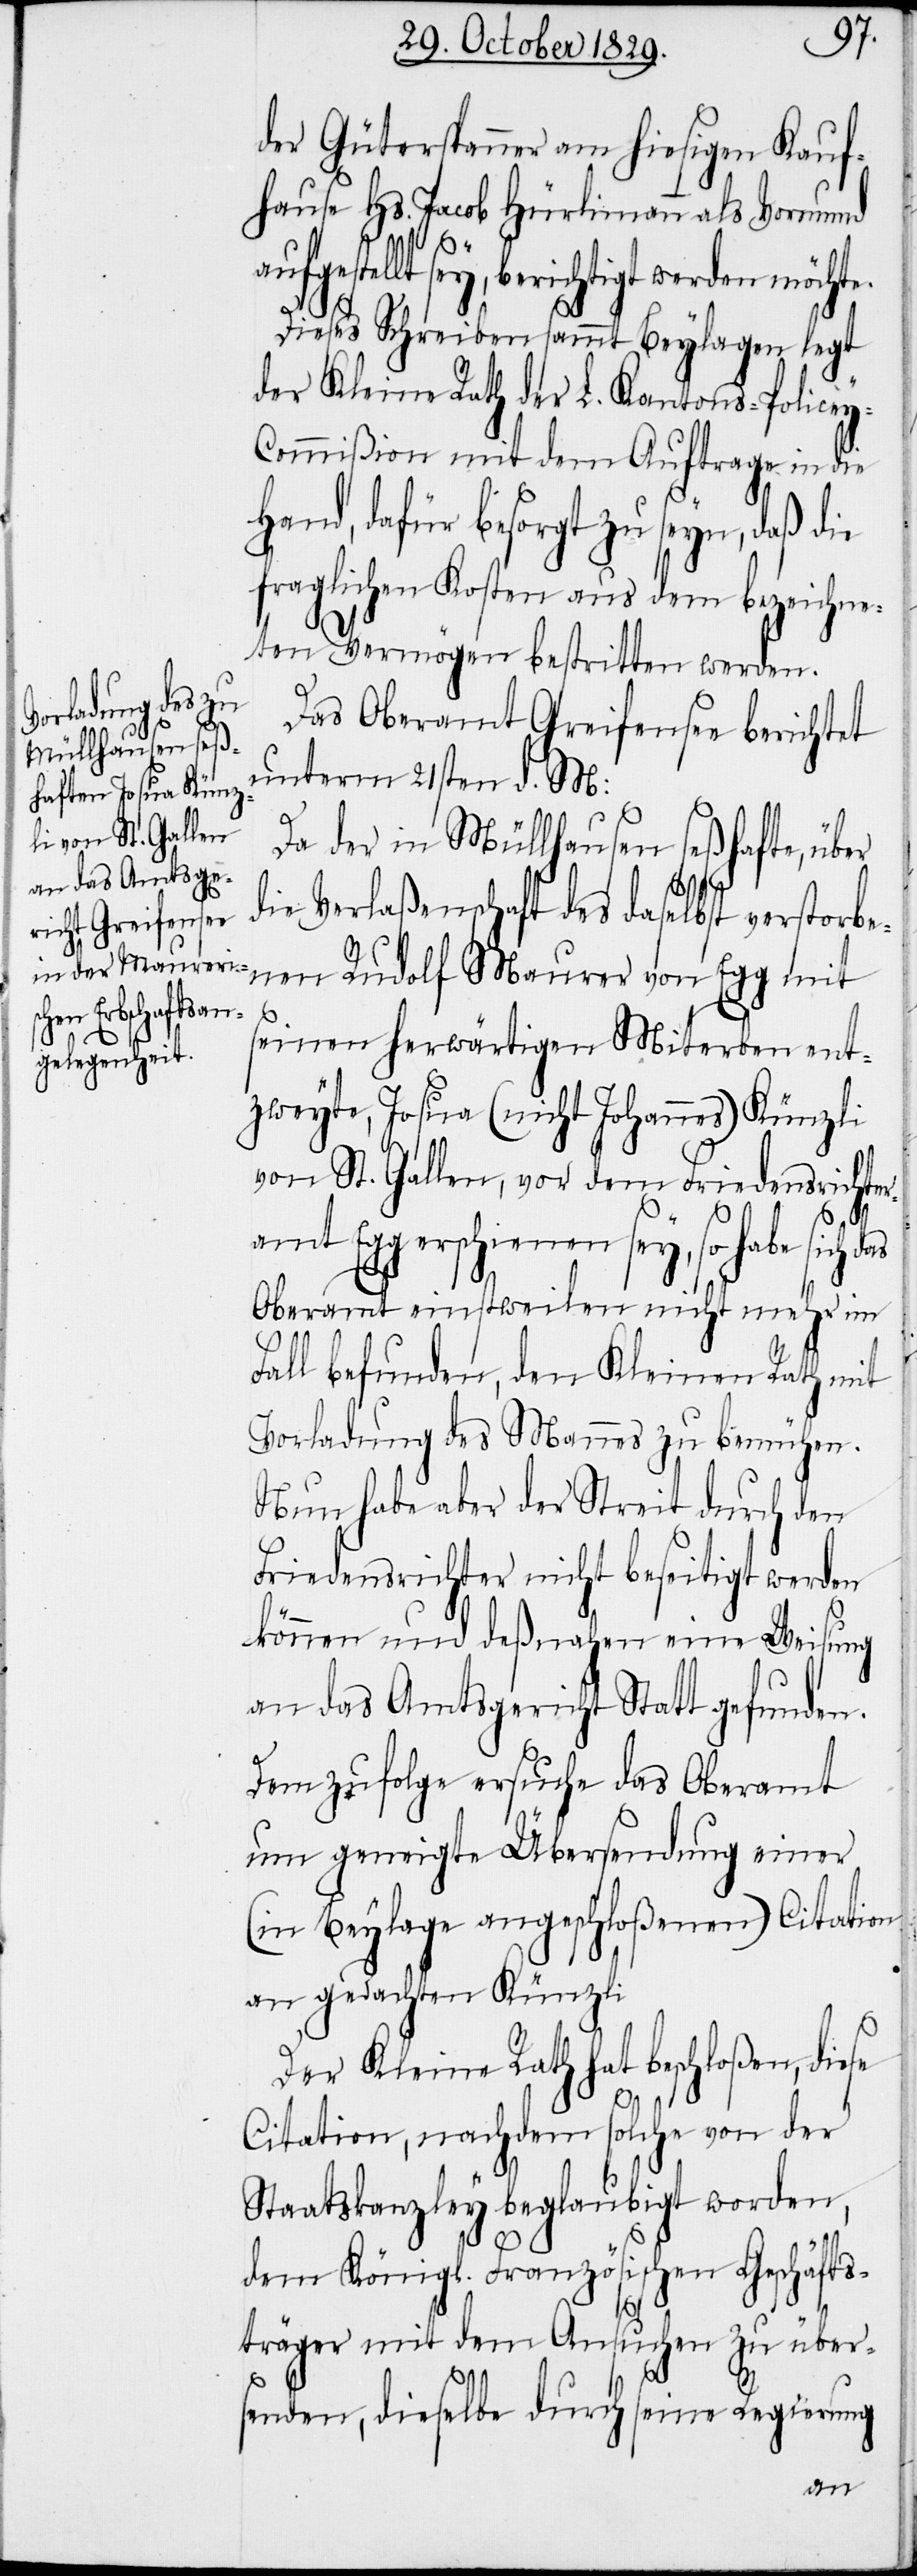
der Güterspanner am hiesigen Kauf¬
hause Hs. Jacob Hürlimann als Vormund
y-C¬
fgestellt sey, berichtigt werden möchte.
Dieses Schreiben sammt Beylagen legt
der Kleine Rath der L. Kantons-Police¬
ommißion mit dem Auftrage in die
Hand, dafür besorgt zu seyn, daß die
fraglichen Kosten aus dem bezeichne¬
ten Vermögen bestritten werden.
Das Oberamt Greifensee berichtet
unterm 21sten d. M:
Da der in Müllhausen seßhafte, über
die Verlaßenschaft des daselbst verstorbe¬
nen Rudolf Maurer von Egg mit
seinen herwärtigen Miterben ent¬
zweyte, Josua (nicht Johannes) Künzli
von St. Gallen, vor dem Friedensrichte¬
ramt Egg erschienen sey, so habe sich
Oberamt einstweilen nicht mehr im
Fall befunden, den Kleinen Rath mit
Vorladung des Mannes zu bemühen.
Nun habe aber der Streit durch den
Friedensrichter nicht beseitigt werden
können und deßnahen eine Weisung
an das Amtsgericht Statt gefunden.
Demzufolge ersuche das Oberamt
um geneigte Übersendung einer
(in Beylage angeschloßenen) Citation
an gedachten Künzli.
Der Kleine Rath hat beschloßen, diese
Citation, nachdem solche von der
Staatskanzley beglaubigt worden,
dem Königl. Französischen Geschäfts¬
träger mit dem Ansuchen zu über¬
senden, dieselbe durch seine Regierung